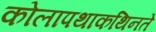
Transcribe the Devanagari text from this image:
कोलापथाकथिनते